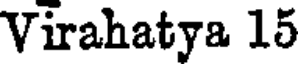
Virahatya 15